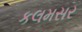
કલમસર